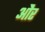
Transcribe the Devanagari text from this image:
ओेैर